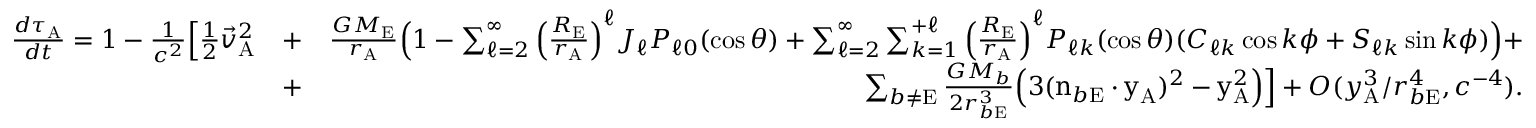
\begin{array} { r l r } { \frac { d \tau _ { \mathrm { A } } } { d t } = 1 - \frac { 1 } { c ^ { 2 } } \Big [ { \textstyle \frac { 1 } { 2 } } { \vec { v } } _ { \mathrm { A } } ^ { 2 } } & { + } & { \frac { G M _ { \mathrm { E } } } { r _ { \mathrm { A } } } \Big ( 1 - \sum _ { \ell = 2 } ^ { \infty } \Big ( \frac { R _ { \mathrm { E } } } { r _ { \mathrm { A } } } \Big ) ^ { \ell } J _ { \ell } P _ { \ell 0 } ( \cos \theta ) + \sum _ { \ell = 2 } ^ { \infty } \sum _ { k = 1 } ^ { + \ell } \Big ( \frac { R _ { \mathrm { E } } } { r _ { \mathrm { A } } } \Big ) ^ { \ell } P _ { \ell k } ( \cos \theta ) ( C _ { \ell k } \cos k \phi + S _ { \ell k } \sin k \phi ) \Big ) + } \\ & { + } & { \sum _ { b \not = \mathrm { E } } \frac { G M _ { b } } { 2 r _ { b \mathrm { E } } ^ { 3 } } \Big ( 3 ( \boldsymbol { \mathrm { n } } _ { b \mathrm { E } } \cdot \boldsymbol { \mathrm { y } } _ { \mathrm { A } } ) ^ { 2 } - \boldsymbol { \mathrm { y } } _ { \mathrm { A } } ^ { 2 } \Big ) \Big ] + { \cal O } ( { y _ { \mathrm { A } } ^ { 3 } / r _ { b \mathrm { E } } ^ { 4 } , c ^ { - 4 } } ) . } \end{array}